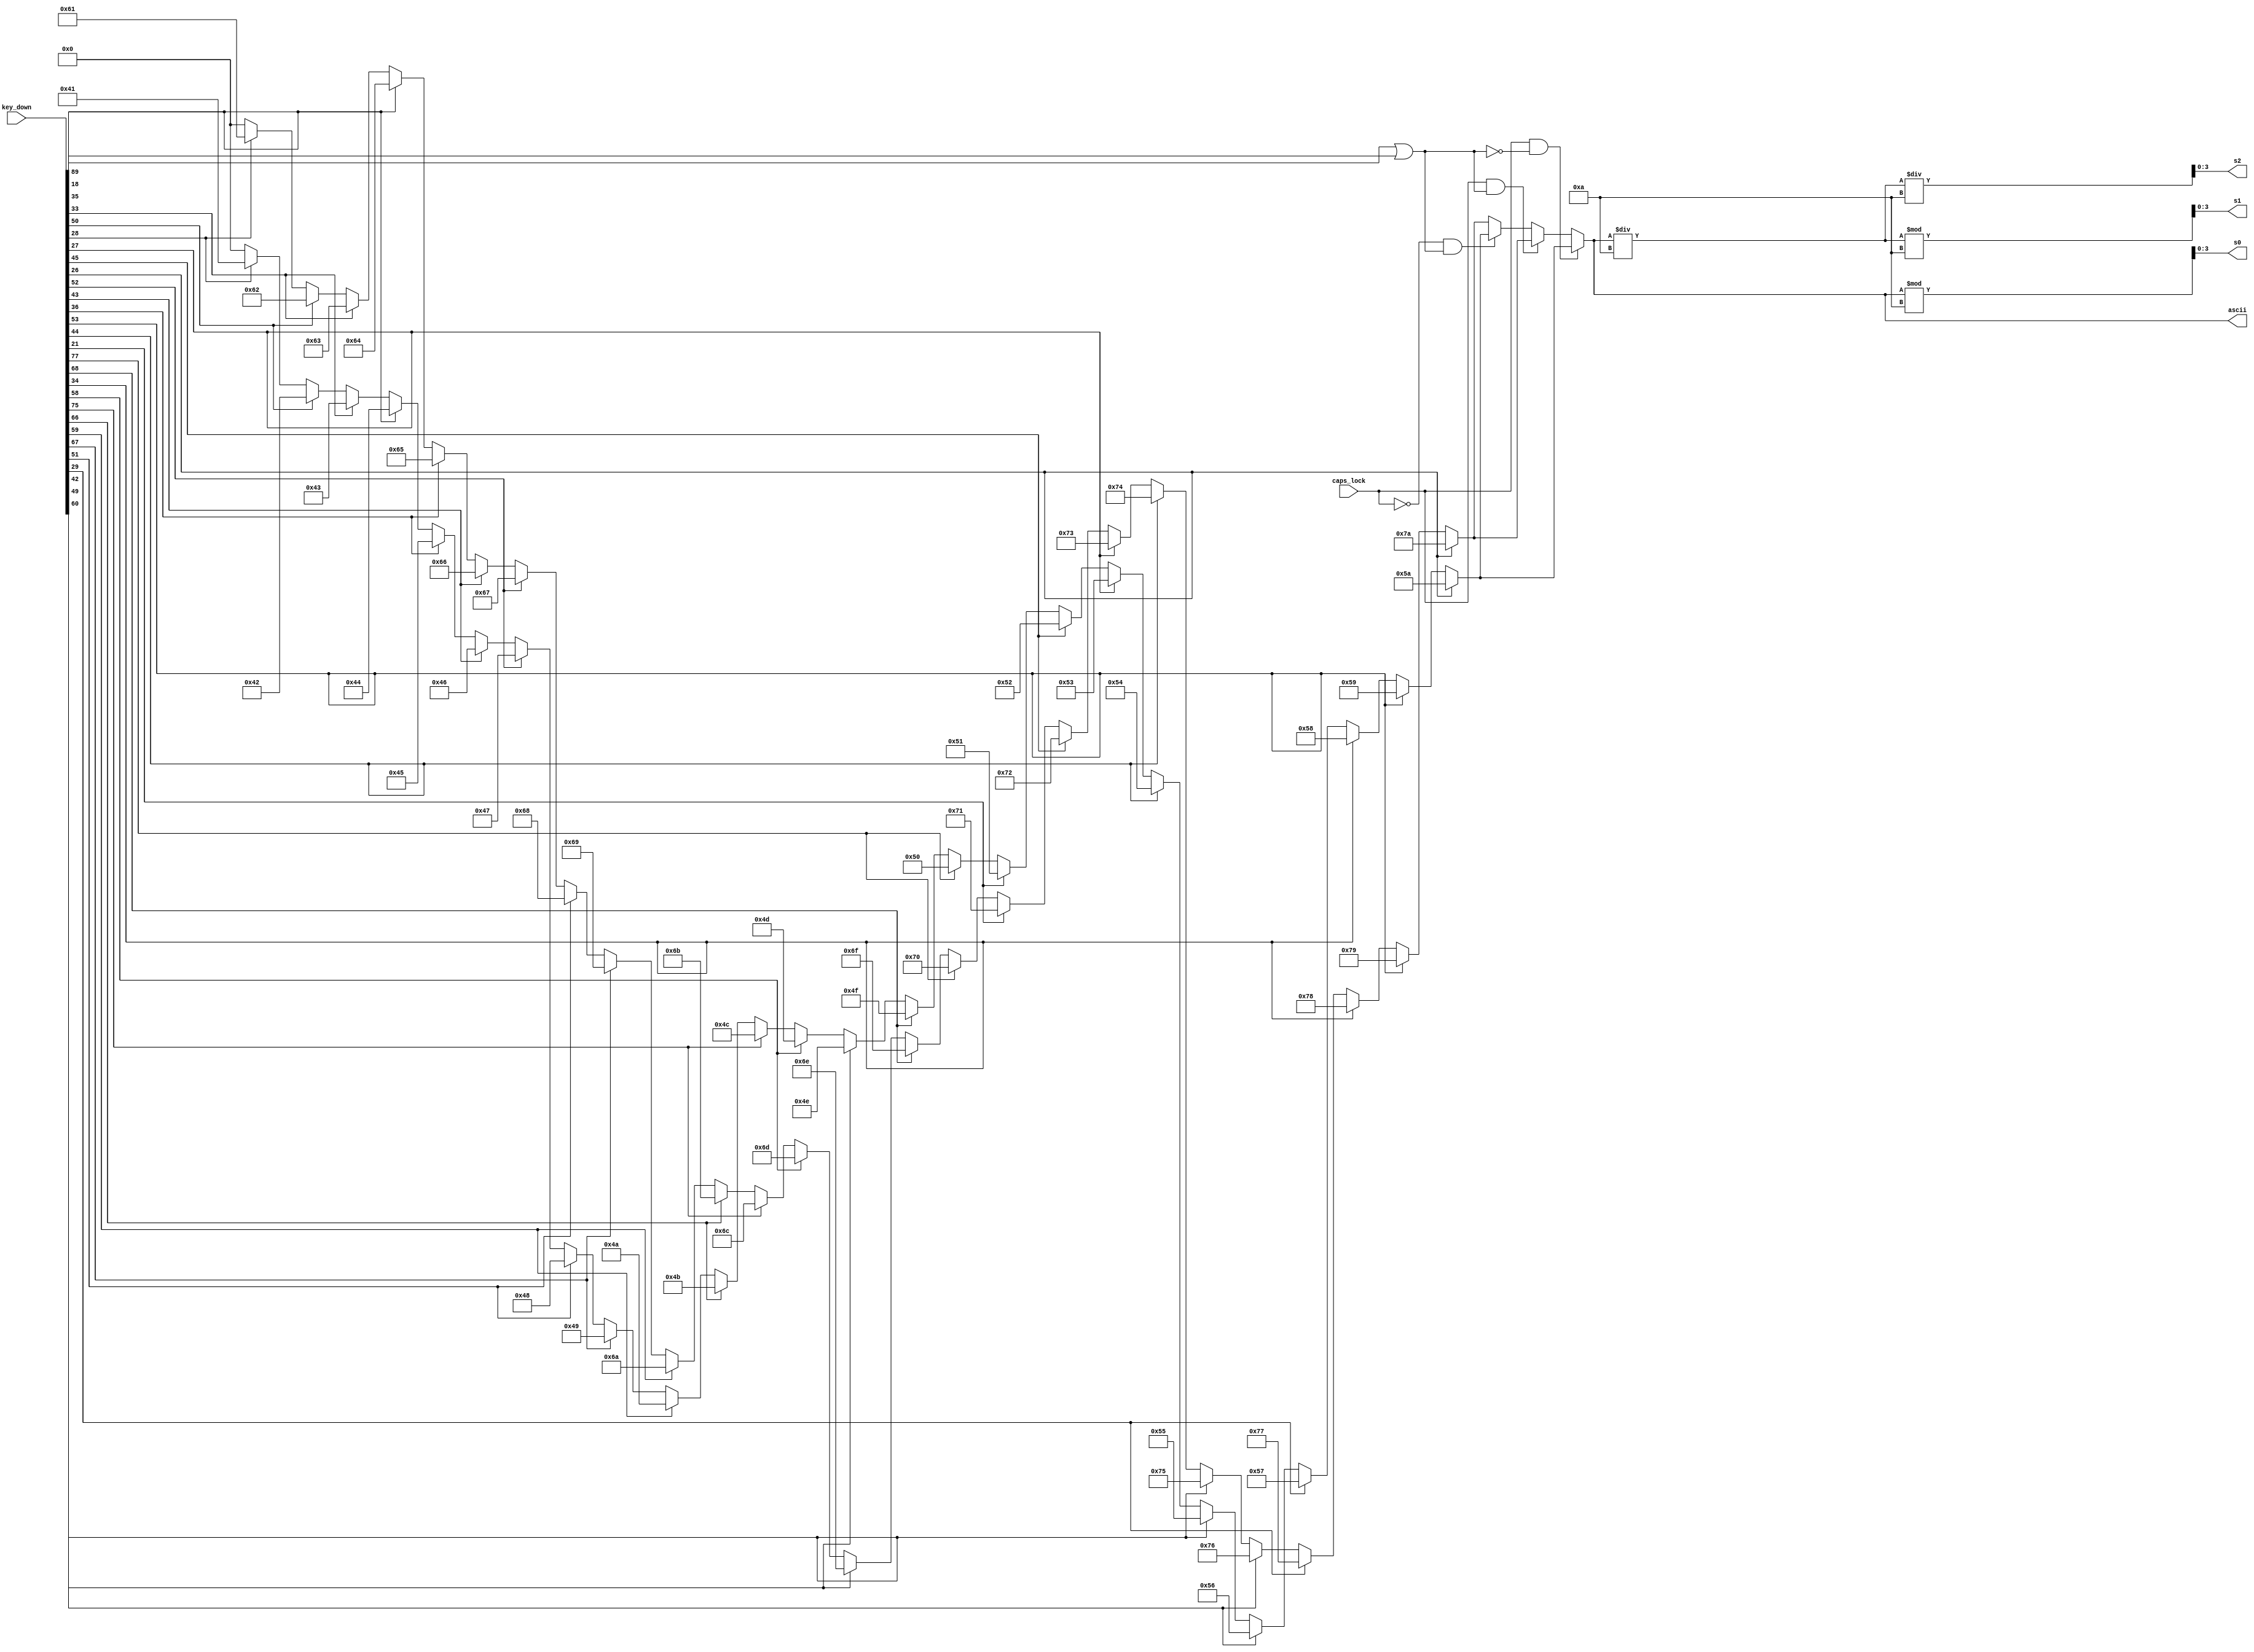
`timescale 1ns / 1ps
//////////////////////////////////////////////////////////////////////////////////
// Company: 
// Engineer: 
// 
// Design Name: 
// Module Name: Letter_decoder
// Project Name: 
// Target Devices: 
// Tool Versions: 
// Description: 
// 
// Dependencies: 
// 
// Revision:
// Revision 0.01 - File Created
// Additional Comments:
// 
//////////////////////////////////////////////////////////////////////////////////


module Letter_decoder(
    input [511:0] key_down,
    input caps_lock,
    output reg [6:0] ascii,
    output reg [3:0] s0,
    output reg [3:0] s1,
    output reg [3:0] s2
    );
    
    always @* begin
        ascii = 7'd0;
        if (caps_lock && !(key_down[9'h059] == 1'b1 || key_down[9'h012] == 1'b1)) begin
            if (key_down[9'h01C]) ascii = 7'd65;
            if (key_down[9'h032]) ascii = 7'd66;
            if (key_down[9'h021]) ascii = 7'd67;
            if (key_down[9'h023]) ascii = 7'd68;
            if (key_down[9'h024]) ascii = 7'd69;
            if (key_down[9'h02B]) ascii = 7'd70;
            if (key_down[9'h034]) ascii = 7'd71;
            if (key_down[9'h033]) ascii = 7'd72;
            if (key_down[9'h043]) ascii = 7'd73;
            if (key_down[9'h03B]) ascii = 7'd74;
            if (key_down[9'h042]) ascii = 7'd75;
            if (key_down[9'h04B]) ascii = 7'd76;
            if (key_down[9'h03A]) ascii = 7'd77;
            if (key_down[9'h031]) ascii = 7'd78;
            if (key_down[9'h044]) ascii = 7'd79;
            if (key_down[9'h04D]) ascii = 7'd80;
            if (key_down[9'h015]) ascii = 7'd81;
            if (key_down[9'h02D]) ascii = 7'd82;
            if (key_down[9'h01B]) ascii = 7'd83;
            if (key_down[9'h02C]) ascii = 7'd84;
            if (key_down[9'h03C]) ascii = 7'd85;
            if (key_down[9'h02A]) ascii = 7'd86;
            if (key_down[9'h01D]) ascii = 7'd87;
            if (key_down[9'h022]) ascii = 7'd88;
            if (key_down[9'h035]) ascii = 7'd89;
            if (key_down[9'h01A]) ascii = 7'd90;
        end
        else if (caps_lock && (key_down[9'h059] == 1'b1 || key_down[9'h012] == 1'b1)) begin
            if (key_down[9'h01C]) ascii = 7'd65 + 7'd32;
            if (key_down[9'h032]) ascii = 7'd66 + 7'd32;
            if (key_down[9'h021]) ascii = 7'd67 + 7'd32;
            if (key_down[9'h023]) ascii = 7'd68 + 7'd32;
            if (key_down[9'h024]) ascii = 7'd69 + 7'd32;
            if (key_down[9'h02B]) ascii = 7'd70 + 7'd32;
            if (key_down[9'h034]) ascii = 7'd71 + 7'd32;
            if (key_down[9'h033]) ascii = 7'd72 + 7'd32;
            if (key_down[9'h043]) ascii = 7'd73 + 7'd32;
            if (key_down[9'h03B]) ascii = 7'd74 + 7'd32;
            if (key_down[9'h042]) ascii = 7'd75 + 7'd32;
            if (key_down[9'h04B]) ascii = 7'd76 + 7'd32;
            if (key_down[9'h03A]) ascii = 7'd77 + 7'd32;
            if (key_down[9'h031]) ascii = 7'd78 + 7'd32;
            if (key_down[9'h044]) ascii = 7'd79 + 7'd32;
            if (key_down[9'h04D]) ascii = 7'd80 + 7'd32;
            if (key_down[9'h015]) ascii = 7'd81 + 7'd32;
            if (key_down[9'h02D]) ascii = 7'd82 + 7'd32;
            if (key_down[9'h01B]) ascii = 7'd83 + 7'd32;
            if (key_down[9'h02C]) ascii = 7'd84 + 7'd32;
            if (key_down[9'h03C]) ascii = 7'd85 + 7'd32;
            if (key_down[9'h02A]) ascii = 7'd86 + 7'd32;
            if (key_down[9'h01D]) ascii = 7'd87 + 7'd32;
            if (key_down[9'h022]) ascii = 7'd88 + 7'd32;
            if (key_down[9'h035]) ascii = 7'd89 + 7'd32;
            if (key_down[9'h01A]) ascii = 7'd90 + 7'd32;
        end
        else if (!caps_lock && (key_down[9'h059] == 1'b1 || key_down[9'h012] == 1'b1)) begin
            if (key_down[9'h01C]) ascii = 7'd65;
            if (key_down[9'h032]) ascii = 7'd66;
            if (key_down[9'h021]) ascii = 7'd67;
            if (key_down[9'h023]) ascii = 7'd68;
            if (key_down[9'h024]) ascii = 7'd69;
            if (key_down[9'h02B]) ascii = 7'd70;
            if (key_down[9'h034]) ascii = 7'd71;
            if (key_down[9'h033]) ascii = 7'd72;
            if (key_down[9'h043]) ascii = 7'd73;
            if (key_down[9'h03B]) ascii = 7'd74;
            if (key_down[9'h042]) ascii = 7'd75;
            if (key_down[9'h04B]) ascii = 7'd76;
            if (key_down[9'h03A]) ascii = 7'd77;
            if (key_down[9'h031]) ascii = 7'd78;
            if (key_down[9'h044]) ascii = 7'd79;
            if (key_down[9'h04D]) ascii = 7'd80;
            if (key_down[9'h015]) ascii = 7'd81;
            if (key_down[9'h02D]) ascii = 7'd82;
            if (key_down[9'h01B]) ascii = 7'd83;
            if (key_down[9'h02C]) ascii = 7'd84;
            if (key_down[9'h03C]) ascii = 7'd85;
            if (key_down[9'h02A]) ascii = 7'd86;
            if (key_down[9'h01D]) ascii = 7'd87;
            if (key_down[9'h022]) ascii = 7'd88;
            if (key_down[9'h035]) ascii = 7'd89;
            if (key_down[9'h01A]) ascii = 7'd90;
        end
        else begin
            if (key_down[9'h01C]) ascii = 7'd65 + 7'd32;
            if (key_down[9'h032]) ascii = 7'd66 + 7'd32;
            if (key_down[9'h021]) ascii = 7'd67 + 7'd32;
            if (key_down[9'h023]) ascii = 7'd68 + 7'd32;
            if (key_down[9'h024]) ascii = 7'd69 + 7'd32;
            if (key_down[9'h02B]) ascii = 7'd70 + 7'd32;
            if (key_down[9'h034]) ascii = 7'd71 + 7'd32;
            if (key_down[9'h033]) ascii = 7'd72 + 7'd32;
            if (key_down[9'h043]) ascii = 7'd73 + 7'd32;
            if (key_down[9'h03B]) ascii = 7'd74 + 7'd32;
            if (key_down[9'h042]) ascii = 7'd75 + 7'd32;
            if (key_down[9'h04B]) ascii = 7'd76 + 7'd32;
            if (key_down[9'h03A]) ascii = 7'd77 + 7'd32;
            if (key_down[9'h031]) ascii = 7'd78 + 7'd32;
            if (key_down[9'h044]) ascii = 7'd79 + 7'd32;
            if (key_down[9'h04D]) ascii = 7'd80 + 7'd32;
            if (key_down[9'h015]) ascii = 7'd81 + 7'd32;
            if (key_down[9'h02D]) ascii = 7'd82 + 7'd32;
            if (key_down[9'h01B]) ascii = 7'd83 + 7'd32;
            if (key_down[9'h02C]) ascii = 7'd84 + 7'd32;
            if (key_down[9'h03C]) ascii = 7'd85 + 7'd32;
            if (key_down[9'h02A]) ascii = 7'd86 + 7'd32;
            if (key_down[9'h01D]) ascii = 7'd87 + 7'd32;
            if (key_down[9'h022]) ascii = 7'd88 + 7'd32;
            if (key_down[9'h035]) ascii = 7'd89 + 7'd32;
            if (key_down[9'h01A]) ascii = 7'd90 + 7'd32;
        end
    end
    
    always @* begin
        s0 = ascii % 10;
        s1 = (ascii / 10) % 10;
        s2 = (ascii / 10) / 10;
    end
        
endmodule